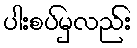
ပါးစပ်မှလည်း